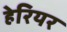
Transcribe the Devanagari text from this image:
हेरियर